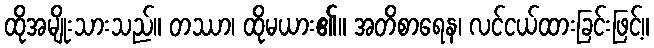
ထိုအမျိုးသားသည်။ တဿာ၊ ထိုမယား၏။ အတိစာရေန၊ လင်ငယ်ထားခြင်းဖြင့်။